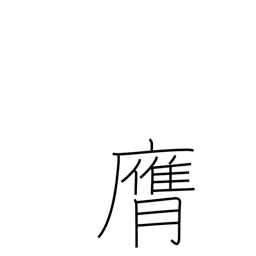
Meaning: strike